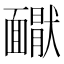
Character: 𩉇